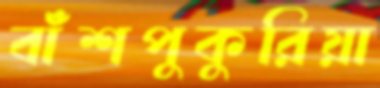
বাঁশপুকুরিয়া